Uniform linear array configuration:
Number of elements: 12
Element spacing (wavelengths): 1
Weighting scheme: uniform
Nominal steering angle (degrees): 15
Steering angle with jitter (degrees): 15.496
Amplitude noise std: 0.05
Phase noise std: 0.05

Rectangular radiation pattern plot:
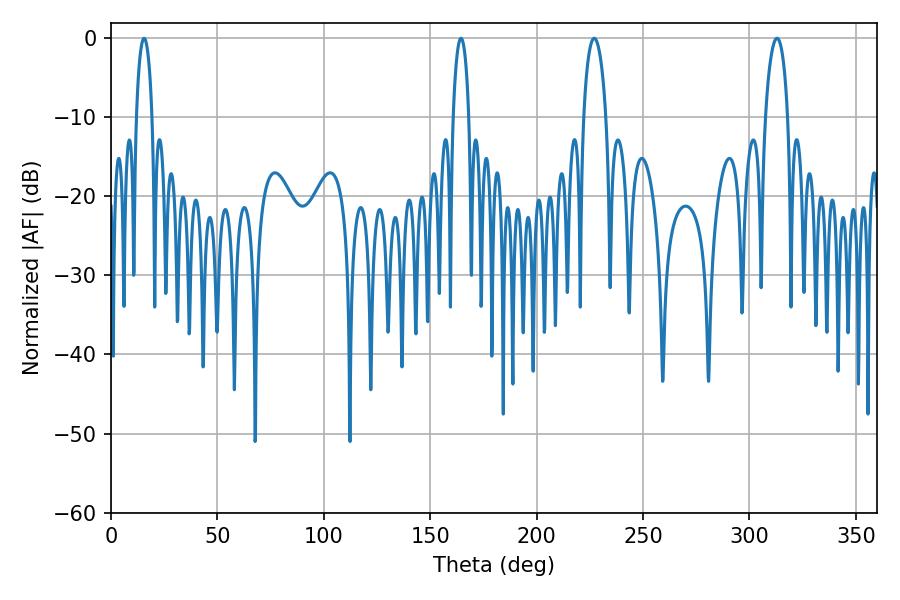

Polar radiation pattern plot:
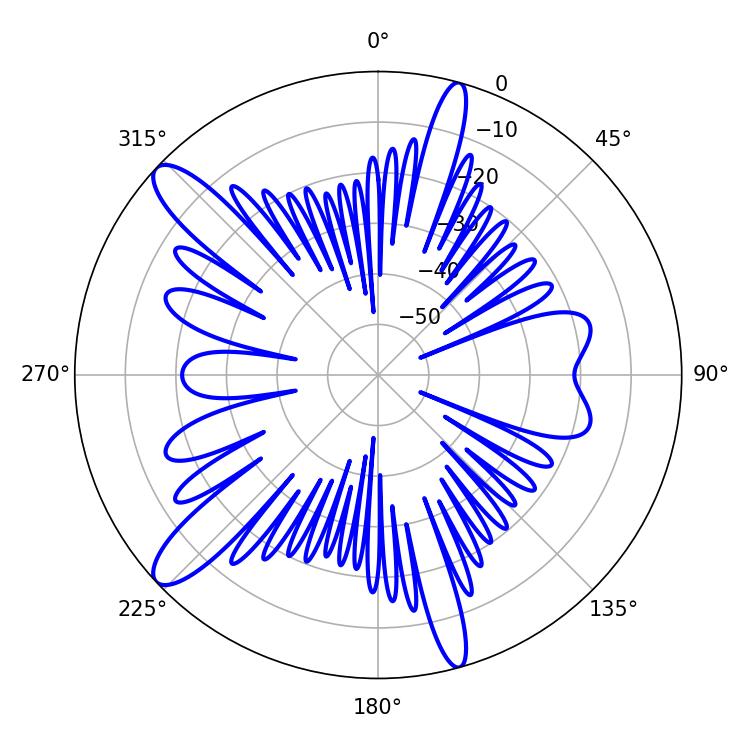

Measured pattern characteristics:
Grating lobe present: TRUE
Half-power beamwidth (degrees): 6.12
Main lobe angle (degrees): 226.98